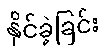
နိုင်ခဲ့ခြင်း